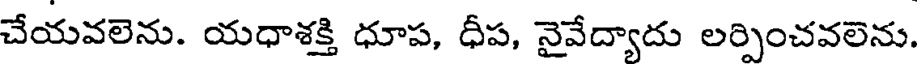
చేయవలెను. యధాశక్తి ధూప, ధీప, నైవేద్యాదు లర్పించవలెను.